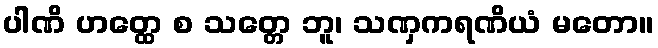
ပါဏိ ဟတ္ထေ စ သတ္တေ ဘူ၊ သဏှကရဏိယံ မတော။